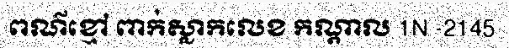
ពណ៌ខ្មៅ ពាក់ស្លាកលេខ កណ្តាល 1N -2145